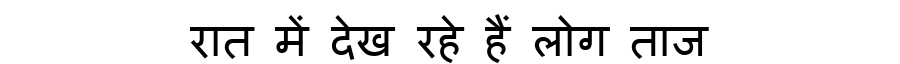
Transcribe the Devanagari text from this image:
रात में देख रहे हैं लोग ताज